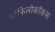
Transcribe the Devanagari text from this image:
स्टैफिलोकॉकस